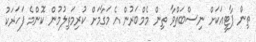
ތިން ޕާޓީއަކަށް ނިސްބަތްވާ ތިން މެމްބަރުން އެ މަގާމަށް ކުރިމަތިލުމުން ކޮންމެ ފަހަަރަކު